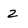
Character: z